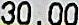
30.00